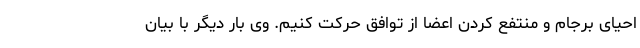
احیای برجام و منتفع کردن اعضا از توافق حرکت کنیم. وی بار دیگر با بیان